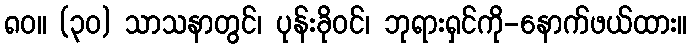
၈၀။ (၃၀) သာသနာတွင်၊ ပုန်းခိုဝင်၊ ဘုရားရှင်ကို-နောက်ဖယ်ထား။